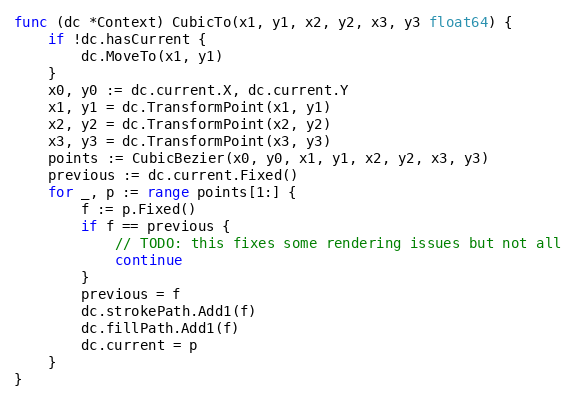
Language: Go
func (dc *Context) CubicTo(x1, y1, x2, y2, x3, y3 float64) {
	if !dc.hasCurrent {
		dc.MoveTo(x1, y1)
	}
	x0, y0 := dc.current.X, dc.current.Y
	x1, y1 = dc.TransformPoint(x1, y1)
	x2, y2 = dc.TransformPoint(x2, y2)
	x3, y3 = dc.TransformPoint(x3, y3)
	points := CubicBezier(x0, y0, x1, y1, x2, y2, x3, y3)
	previous := dc.current.Fixed()
	for _, p := range points[1:] {
		f := p.Fixed()
		if f == previous {
			// TODO: this fixes some rendering issues but not all
			continue
		}
		previous = f
		dc.strokePath.Add1(f)
		dc.fillPath.Add1(f)
		dc.current = p
	}
}